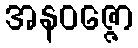
အနဝဇ္ဇော